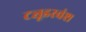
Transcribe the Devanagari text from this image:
ट्यूडरवंश